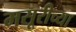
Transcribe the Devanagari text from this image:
मसूरीच्या